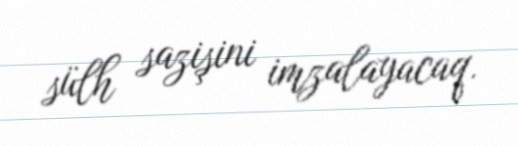
sülh sazişini imzalayacaq.